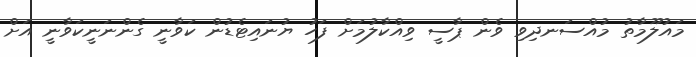
މައުލޫމާތު މުއްސަނދިވި ވެން ޕާސީ ވިއްކާލުމަަށް ފަހު ޔުނައިޓެޑުން ކަވާނީ ގެންނަނީކަވާނީ އަށް